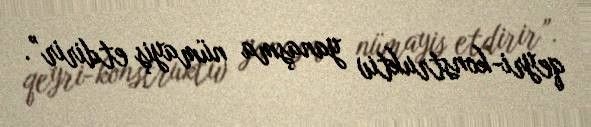
qeyri-konstruktiv yanaşma nümayiş etdirir”.